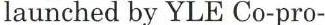
launched by YLE Co-pro-